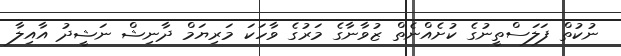
ނުކުތް ފަލަސްތީނުގެ ކުށެއްނެތް ޒުވާނާގެ މަރުގެ ވާހަކަ މަރިޔަމް ދާނިޝް ނަޝީދު އާއިލާ